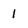
Character: 1